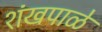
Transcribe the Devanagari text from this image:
शंखपाळे